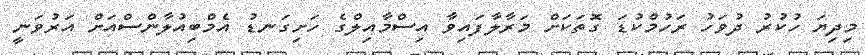
މިދިޔަ ހުކުރު ދުވަހު ރަހުމްކުޑަ ގޮތަކަށް މަރާލާފައިވާ އިސްމާއިލްގެ ހަށިގަނޑު އެމްބިއުލާންސްއަށް އަރުވަނީ